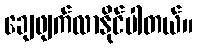
ချေဖျက်လာနိုင်ပါတယ်။